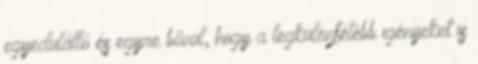
egyedülálló és egyre bővül, hogy a legkülönfélébb igényeket is